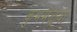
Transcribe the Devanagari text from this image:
कुंभमेळ्या